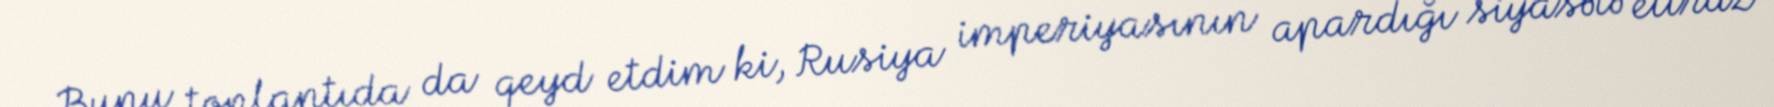
Bunu toplantıda da qeyd etdim ki, Rusiya imperiyasının apardığı siyasətə etiraz